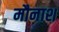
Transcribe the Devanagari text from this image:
मौनाश